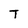
Character: T